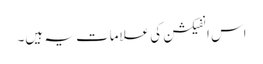
اس انفیکشن کی علامات یہ ہیں۔